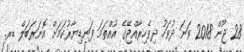
28 ޖޫން 2018 ވަނަ ދުވަހު ދިވެހިރާއްޖޭގެ އުއްތަމަ ފަނޑިޔާރުކަމަށް އޮނަރަބަލް ޑރ.